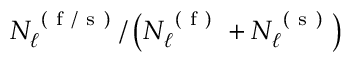
N _ { \ell } ^ { \mathrm { ~ ( ~ f ~ / ~ s ~ ) ~ } } / \left( N _ { \ell } ^ { \mathrm { ~ ( ~ f ~ ) ~ } } + N _ { \ell } ^ { \mathrm { ~ ( ~ s ~ ) ~ } } \right)